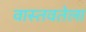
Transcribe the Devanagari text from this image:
वास्तवतेला